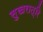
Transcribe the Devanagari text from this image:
सुखरात्रि